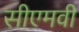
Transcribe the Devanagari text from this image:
सीएमवी